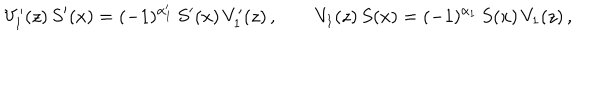
V _ { 1 } ^ { \prime } ( z ) \, S ^ { \prime } ( x ) = ( - 1 ) ^ { \alpha _ { 1 } ^ { \prime } } \, S ^ { \prime } ( x ) \, V _ { 1 } ^ { \prime } ( z ) \, , \qquad V _ { 1 } ( z ) \, S ( x ) = ( - 1 ) ^ { \alpha _ { 1 } } \, S ( x ) \, V _ { 1 } ( z ) \, ,